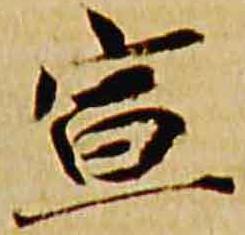
宣